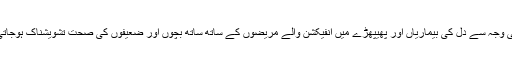
اس کی وجہ سے دل کی بیماریاں اور پھیپھڑے میں انفیکشن والے مریضوں کے ساتھ ساتھ بچوں اور ضعیفوں کی صحت تشویشناک ہوجاتی ہے۔